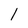
Character: 1